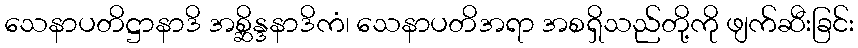
သေနာပတိဋ္ဌာနာဒိ အစ္ဆိန္ဒနာဒိကံ၊ သေနာပတိအရာ အစရှိသည်တို့ကို ဖျက်ဆီးခြင်း